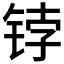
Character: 𰾀